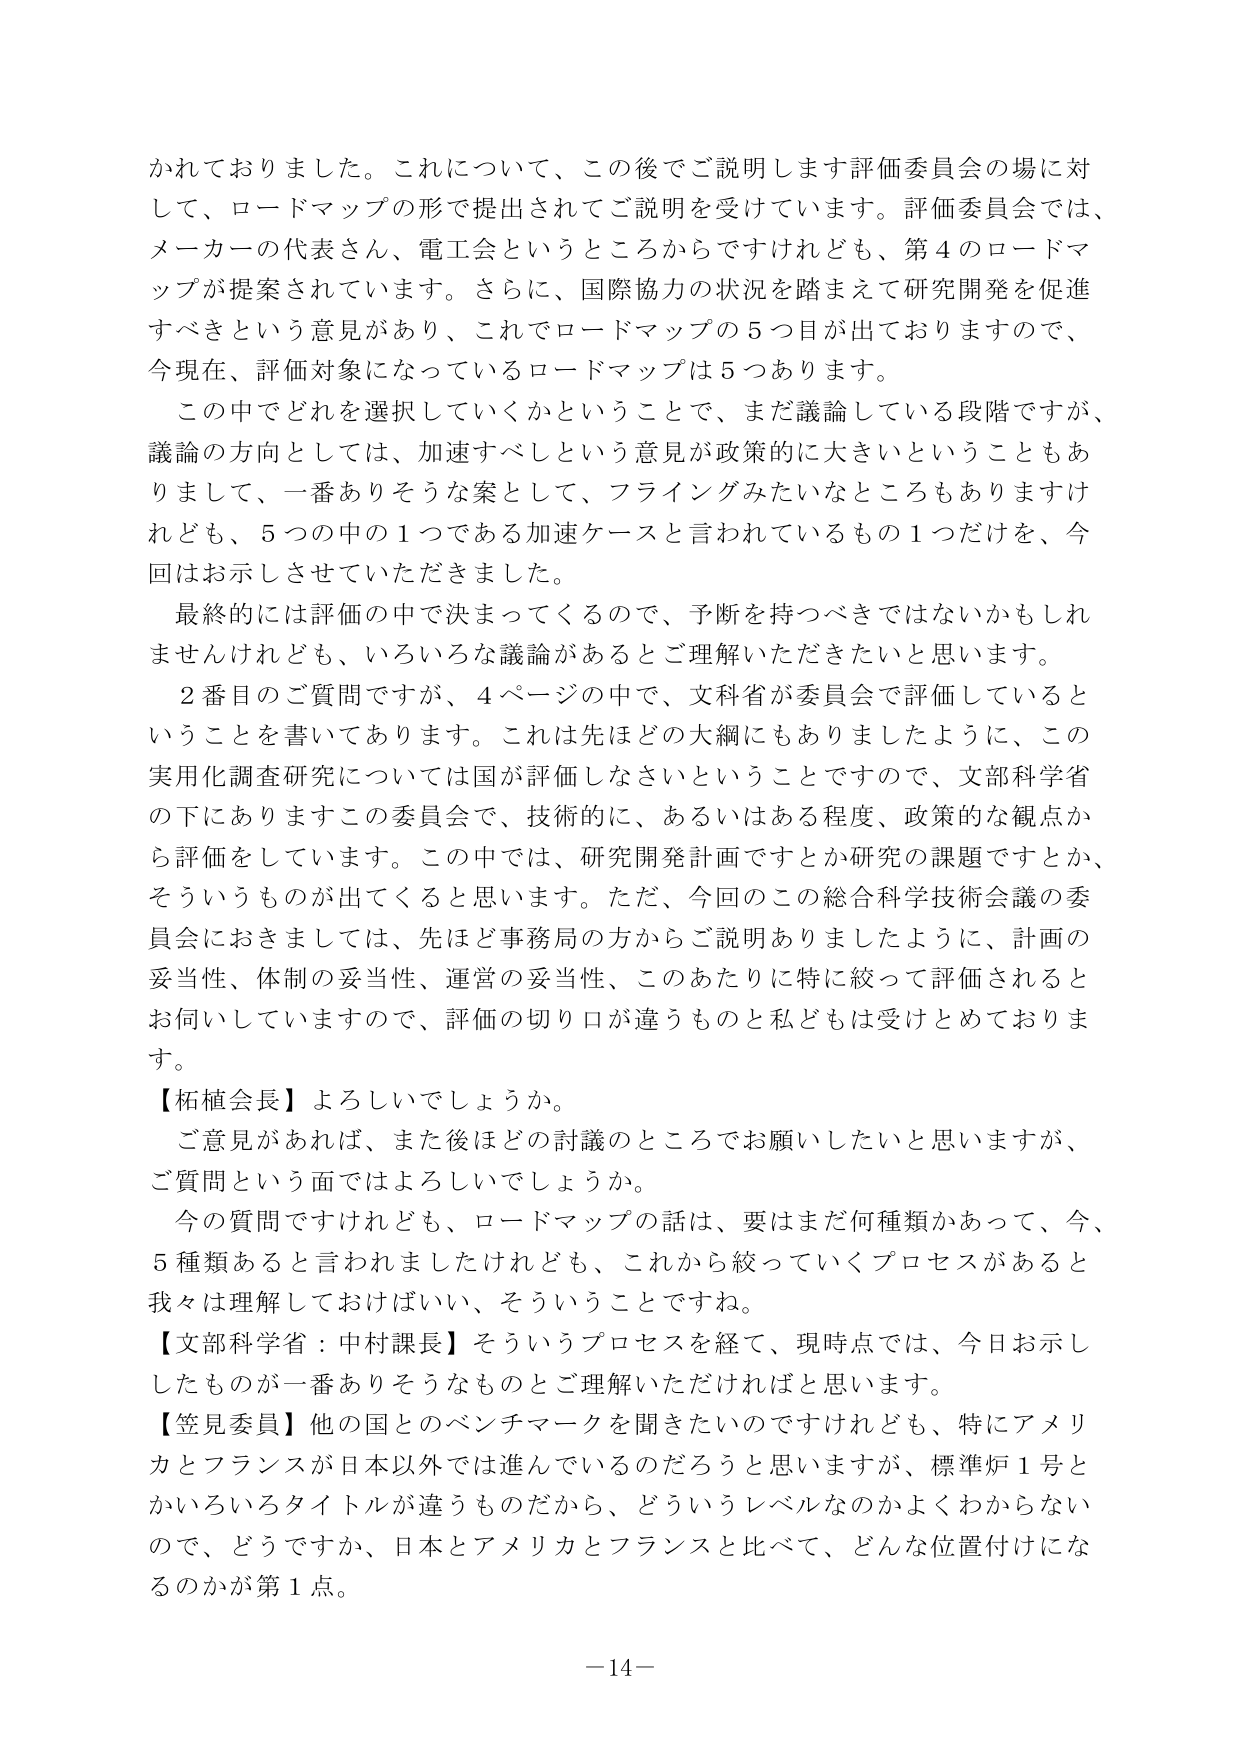
かれておりました。これについて、この後でご説明します評価委員会の場に対して、ロードマップの形で提出されてご説明を受けています。評価委員会では、メーカーの代表さん、電工会というところからですけれども、第４のロードマップが提案されています。さらに、国際協力の状況を踏まえて研究開発を促進すべきという意見があり、これでロードマップの５つ目が出ておりますので、今現在、評価対象になっているロードマップは５つあります。

この中でどれを選択していくかということで、まだ議論している段階ですが、議論の方向としては、加速すべしという意見が政策的に大きいということもありまして、一番ありそうな案として、フライングみたいなところもありますけれども、５つの中の１つである加速ケースと言われているもの１つだけを、今回お示しさせていただきました。

最終的には評価の中で決まってくるので、予断を持つべきではないかもしれませんが、いろいろな議論があるとご理解いただきたいと思います。

２番目のご質問ですが、４ページの中で、文科省が委員会で評価しているということを書いてあります。これは先ほどの大綱にもありましたように、この実用化調査研究については国が評価しなさいということですので、文部科学省の下にありますこの委員会で、技術的に、あるいはある程度、政策的な観点から評価をしています。この中では、研究開発計画ですとか研究の課題ですとか、そういうものが出てくると思います。ただ、今回のこの総合科学技術会議の委員会におきましては、先ほど事務局の方からご説明ありましたように、計画の妥当性、体制の妥当性、運営の妥当性、このあたりに特に絞って評価されるとお伺いしていますので、評価の切り口が違うものと私どもは受けとめております。

【柘植会長】よろしいでしょうか。

ご意見があれば、また後ほどの討論のところでお願いしたいと思いますが、ご質問という面ではよろしいでしょうか。

今の質問ですけれども、ロードマップの話は、要はまだ何種類かあって、今、５種類あると言われましたけれども、これから絞っていくプロセスがあると我々は理解しておけばいい、ということですね。

【文部科学省：中村課長】そういうプロセスを経て、現時点では、今日お示ししたものが一番ありそうなものとご理解いただければと思います。

【笠見委員】他の国とのベンチマークを聞きたいのですけれども、特にアメリカとフランスが日本以外では進んでいるのだろうと思いますが、標準炉１号とかいろいろタイトルが違うものだから、どういうレベルなのかよくわからないので、どうですか、日本とアメリカとフランスと比べて、どんな位置付けになるのかが第１点。

－14－